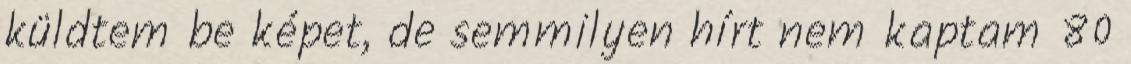
küldtem be képet, de semmilyen hírt nem kaptam 80